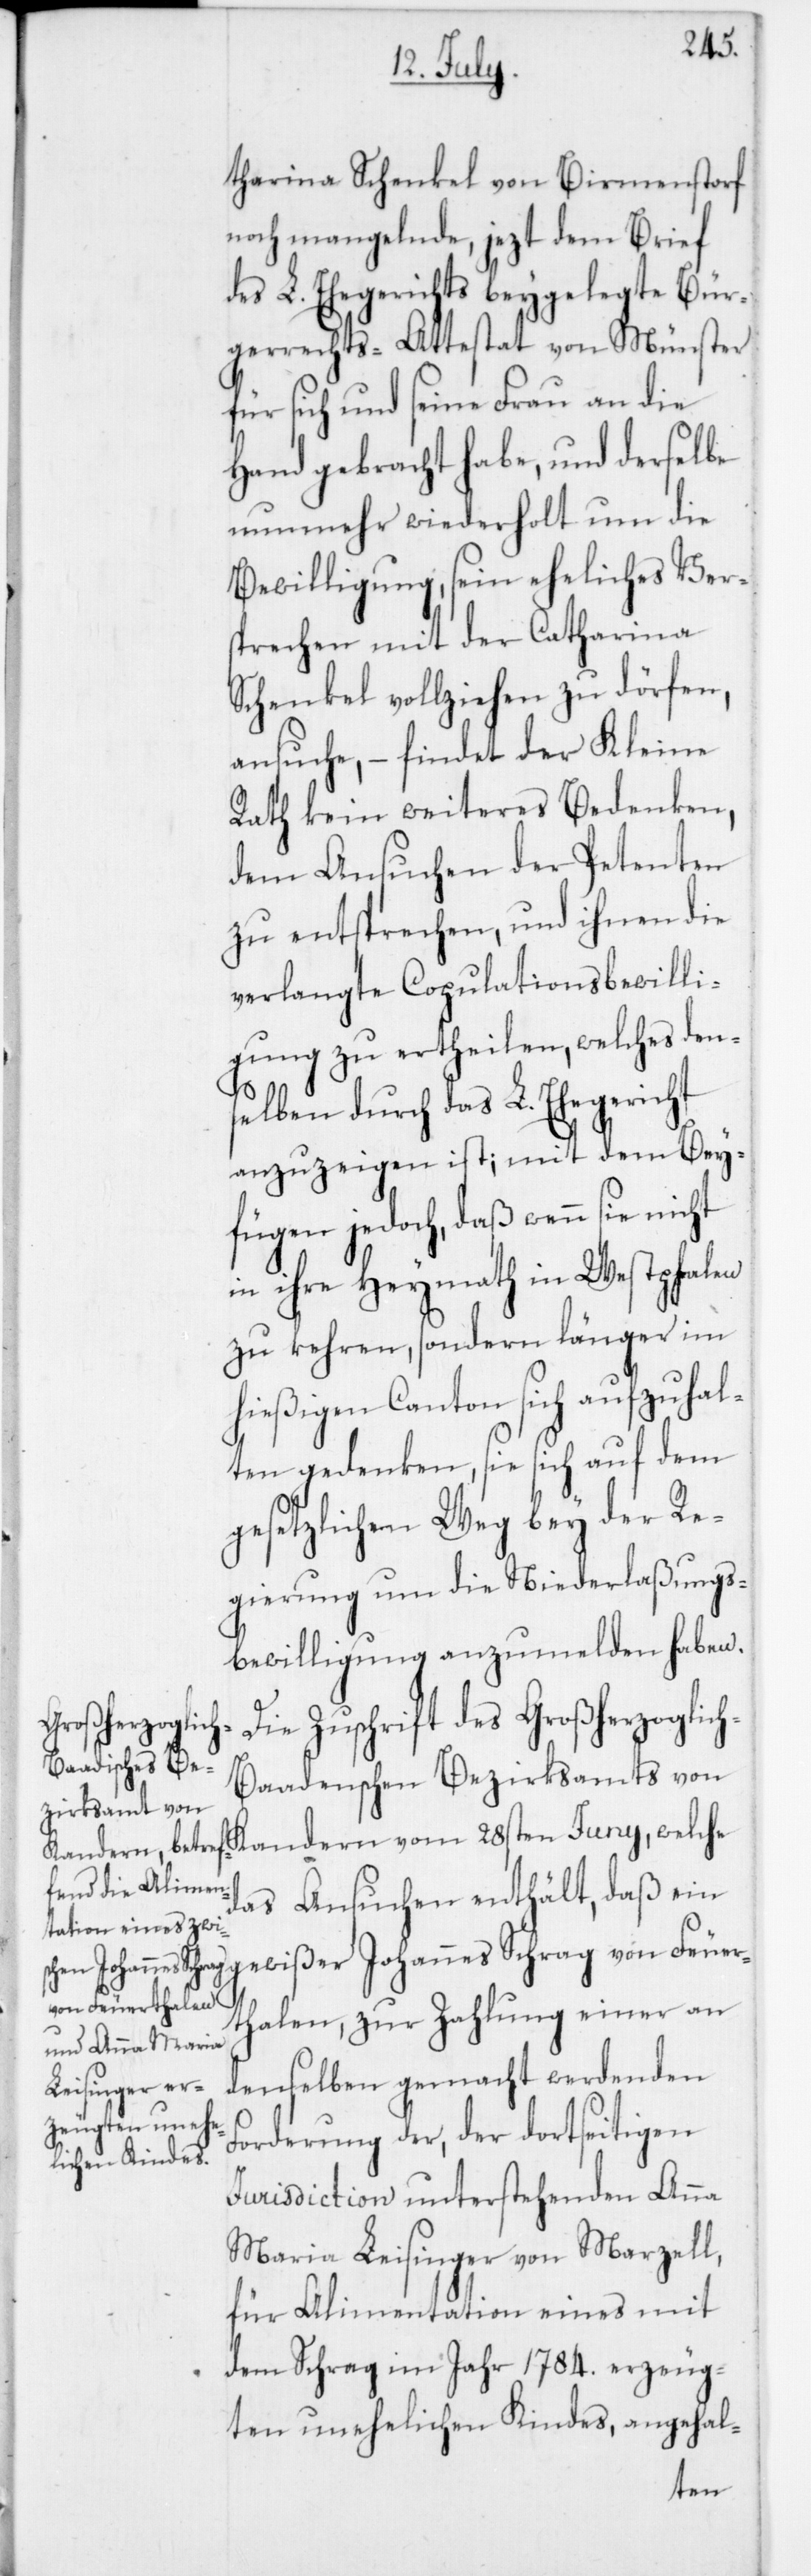
tharina Schenkel von Birmenstorf
noch mangelnde, jezt dem Brief
des L. Ehegerichts beygelegte Bür¬
gerrechts-Attestat von Münster
für sich und seine Frau an die
Hand gebracht habe, und derselbe
nunmehr wiederholt um die
Bewilligung, sein eheliches Ver¬
sprechen mit der Catharina
Schenkel vollziehen zu dörfen,
ansuche, – findet der Kleine
Rath kein weiteres Bedenken,
dem Ansuchen der Petenten
zu entsprechen, und ihnen die
verlangte Copulationsbewilli¬
gung zu ertheilen, welches den¬
selben durch das L. Ehegericht
anzuzeigen ist; mit dem Bey¬
fügen jedoch, daß wenn sie nicht
in ihre Heymath in Westphalen
zu kehren, sondern länger im
hießigen Canton sich aufzuhal¬
ten gedenken, sie sich auf dem
gesetzlichen Weg bey der Re¬
gierung um die Niederlaßungs¬
bewilligung anzumelden haben.
Die Zuschrift des Großherzoglic¬
h-Baadenschen Bezirksamts von
Kandern vom 28sten Juny, welche
das Ansuchen enthält, daß ein
gewißer Johannes Schrag von Feuer¬
thalen, zur Zahlung einer an
denselben gemacht werdenden
Forderung der, der dortseitigen
Jurisdiction unterstehenden Anna
Maria Leisinger von Marzell,
für Alimentation eines mit
dem Schrag im Jahr 1784. erzeug¬
ten unehelichen Kindes, angehal-